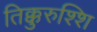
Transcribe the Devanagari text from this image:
तिक्कुरुश्शि